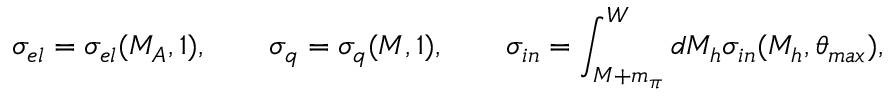
\sigma _ { e l } = \sigma _ { e l } ( M _ { A } , 1 ) , \qquad \sigma _ { q } = \sigma _ { q } ( M , 1 ) , \qquad \sigma _ { i n } = \int _ { M + m _ { \pi } } ^ { W } d M _ { h } \sigma _ { i n } ( M _ { h } , \theta _ { m a x } ) ,